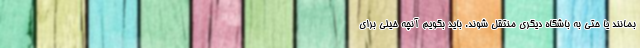
بمانند یا حتی به باشگاه دیگری منتقل شوند. باید بگویم آنچه خیلی برای